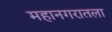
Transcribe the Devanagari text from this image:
महानगरातला